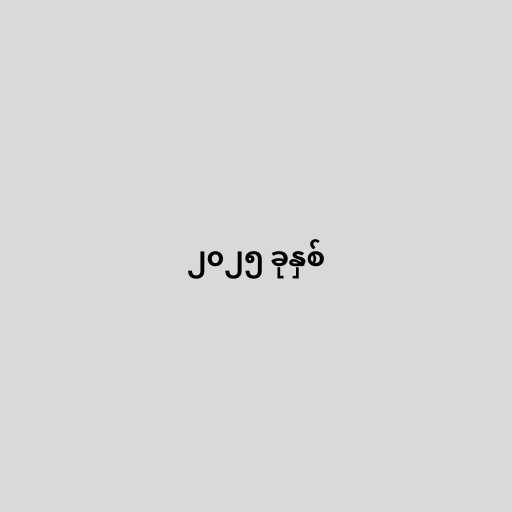
၂၀၂၅ ခုနှစ်